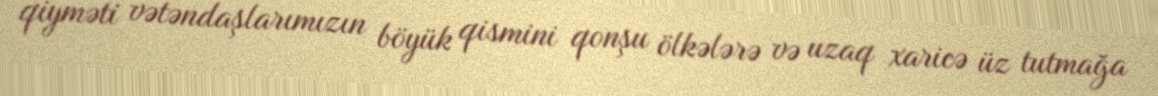
qiyməti vətəndaşlarımızın böyük qismini qonşu ölkələrə və uzaq xaricə üz tutmağa